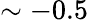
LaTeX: \sim-0.5